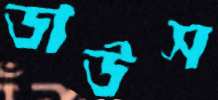
ডাউস